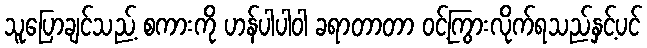
သူပြောချင်သည့် စကားကို ဟန်ပါပါဝါ ခရာတာတာ ဝင့်ကြွားလိုက်ရသည်နှင့်ပင်